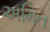
અમિત